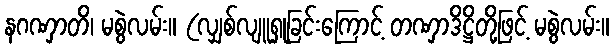
နဂဏှာတိ၊ မစွဲလမ်း။ (လျှစ်လျူရှုခြင်းကြောင့် တဏှာဒိဋ္ဌိတို့ဖြင့် မစွဲလမ်း။